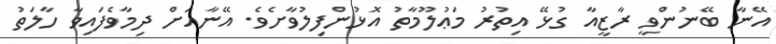
އޭނާ ބޭނުންވީ ރާޒީއާ ގުޅޭ އިތުރު މަޢުލޫމާތު އޮޅުންފިލުވާށެވެ. އޭނާއަށް ދިމާވެފައިވާ ހާލަތު